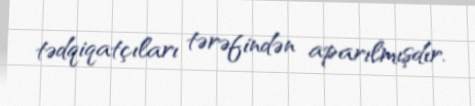
tədqiqatçıları tərəfindən aparılmışdır.